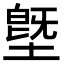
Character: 墍